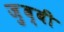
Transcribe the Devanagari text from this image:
ज़ुब्बी